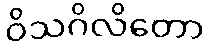
ဝိသဂိလိတော